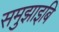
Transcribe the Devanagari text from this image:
समुझाइबि